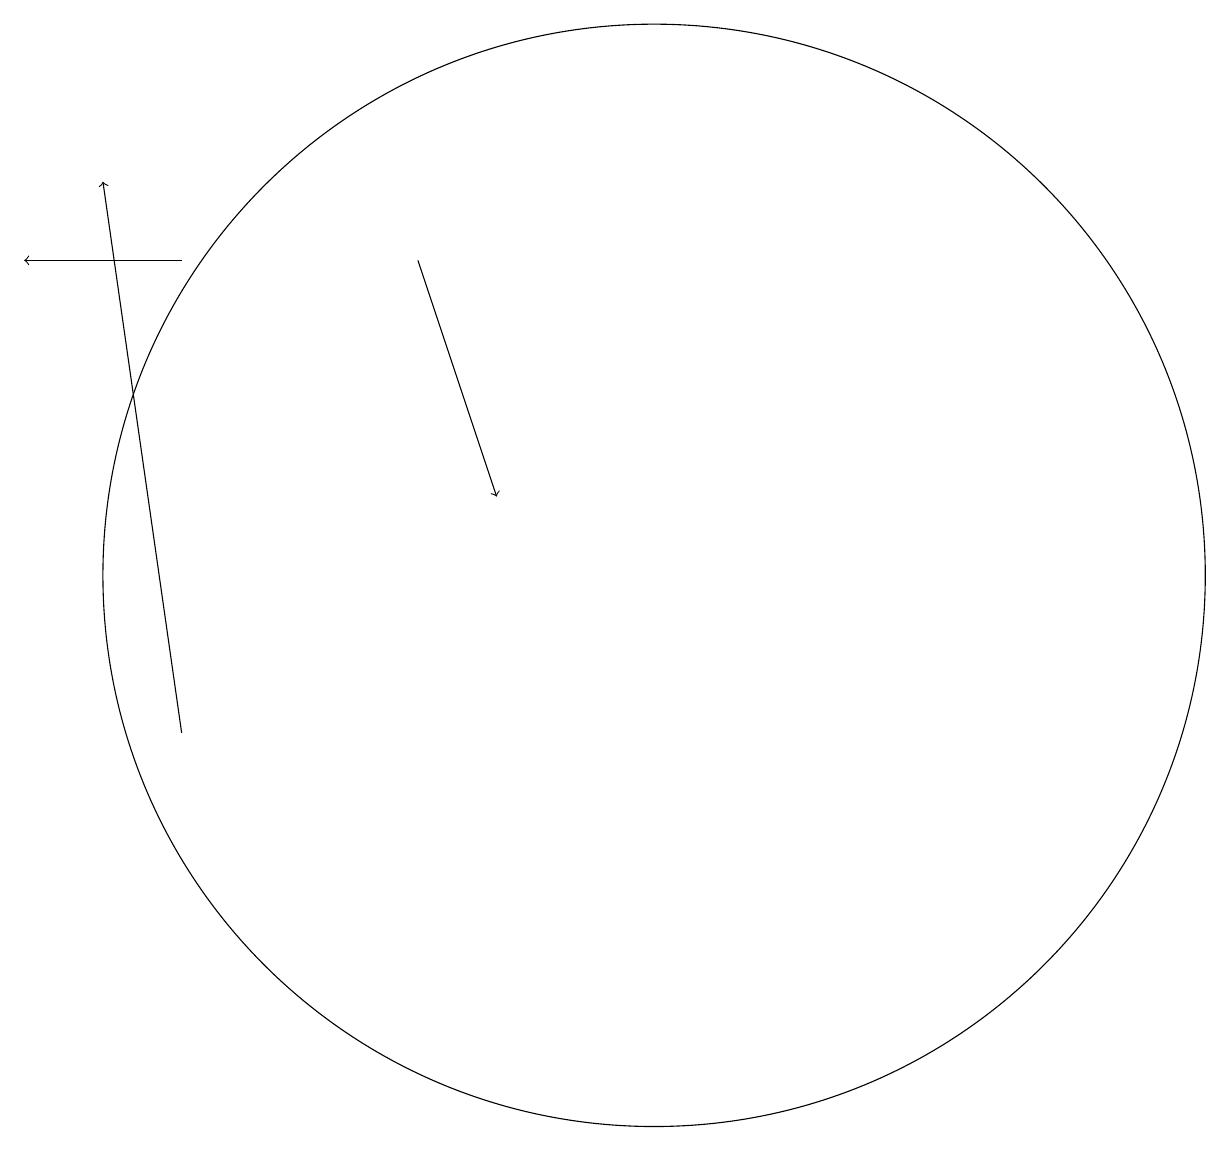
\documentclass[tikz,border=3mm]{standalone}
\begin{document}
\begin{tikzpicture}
\draw[->] (4,16) -- (2,16);
\draw[->] (7,16) -- (8,13);
\draw[->] (4,10) -- (3,17);
\draw (10,12) circle (7);
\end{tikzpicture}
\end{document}